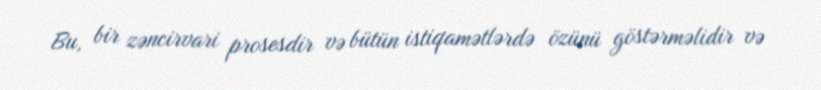
Bu, bir zəncirvari prosesdir və bütün istiqamətlərdə özünü göstərməlidir və